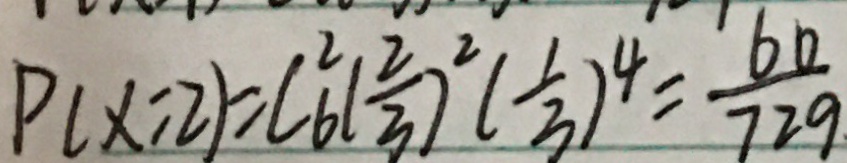
P ( x : 2 ) = C ^ { 2 } _ { 6 } ( \frac { 2 } { 3 } ) ^ { 2 } ( \frac { 1 } { 3 } ) ^ { 4 } = \frac { 6 0 } { 7 2 9 . }